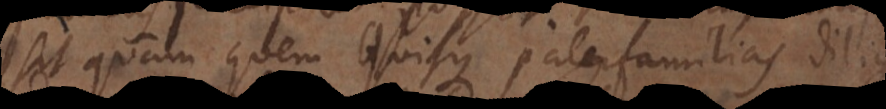
sit quam quem quisque paterfamilias dili